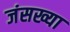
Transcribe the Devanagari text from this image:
जंसख्या